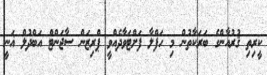
ކީރިތި ޤުރުއާންގެ ބަރަކާތުން މި ހަފްލާ ފަށްޓަވާދެއްވީ ޕްރިޒަން ސާޖަންޓް އަބްދުލް ޣަނީ